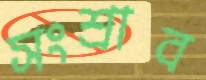
সংশ্রাব